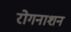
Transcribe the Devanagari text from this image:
रोगनाशन